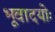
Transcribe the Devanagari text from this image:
भूवादयोः